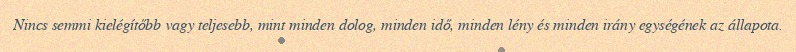
Nincs semmi kielégítőbb vagy teljesebb, mint minden dolog, minden idő, minden lény és minden irány egységének az állapota.